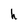
Character: h